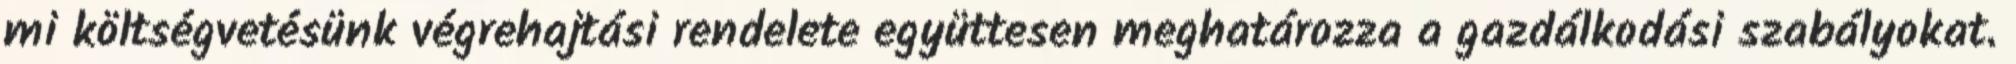
mi költségvetésünk végrehajtási rendelete együttesen meghatározza a gazdálkodási szabályokat.